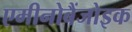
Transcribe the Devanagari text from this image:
एमीनोबैंजोइक